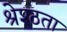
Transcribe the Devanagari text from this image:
श्रेश्ठता